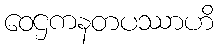
ဝေဌကနတပဿာဟိ